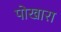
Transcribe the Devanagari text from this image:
पोखारा